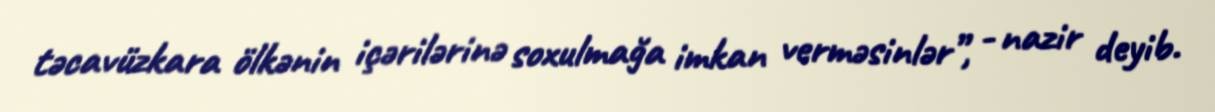
təcavüzkara ölkənin içərilərinə soxulmağa imkan verməsinlər”, - nazir deyib.